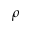
\rho